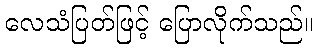
လေသံပြတ်ဖြင့် ပြောလိုက်သည်။